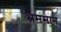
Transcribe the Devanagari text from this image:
भ्रममान